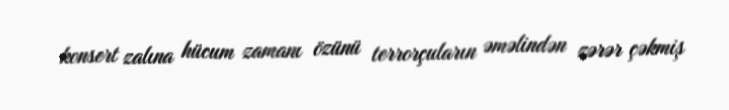
konsert zalına hücum zamanı özünü terrorçuların əməlindən zərər çəkmiş